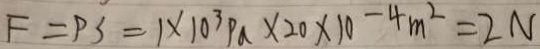
F = P S = 1 \times 1 0 ^ { 3 } P a \times 2 0 \times 1 0 - 4 m ^ { 2 } = 2 N